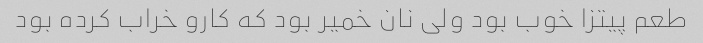
طعم پیتزا خوب بود ولی نان خمیر بود که کارو خراب کرده بود